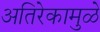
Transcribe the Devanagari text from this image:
अतिरेकामुळे